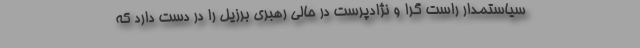
سیاستمدار راست گرا و نژادپرست در حالی رهبری برزیل را در دست دارد که